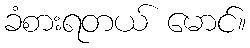
ခံစားရတယ် မောင်။